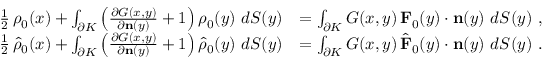
\begin{array} { r l } { \frac 1 2 \, \rho _ { 0 } ( x ) + \int _ { \partial K } \left( \frac { \partial G ( x , y ) } { \partial \mathbf { n } ( y ) } + 1 \right) \rho _ { 0 } ( y ) ~ d S ( y ) } & { = \int _ { \partial K } G ( x , y ) \, \mathbf { F } _ { 0 } ( y ) \cdot \mathbf { n } ( y ) ~ d S ( y ) ~ , } \\ { \frac 1 2 \, \hat { \rho } _ { 0 } ( x ) + \int _ { \partial K } \left( \frac { \partial G ( x , y ) } { \partial \mathbf { n } ( y ) } + 1 \right) \hat { \rho } _ { 0 } ( y ) ~ d S ( y ) } & { = \int _ { \partial K } G ( x , y ) \, \hat { \mathbf { F } } _ { 0 } ( y ) \cdot \mathbf { n } ( y ) ~ d S ( y ) ~ . } \end{array}